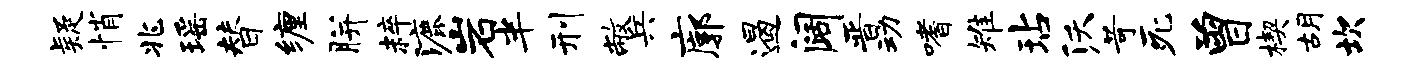
疑悄兆瑶替缠胼粹漉岩半刑敝兵廓遏阔晋动嗜雉玷沃苛死曾楔胡坎